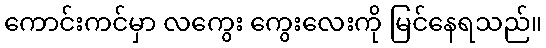
ကောင်းကင်မှာ လကွေး ကွေးလေးကို မြင်နေရသည်။